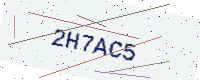
Text: 2H7AC5